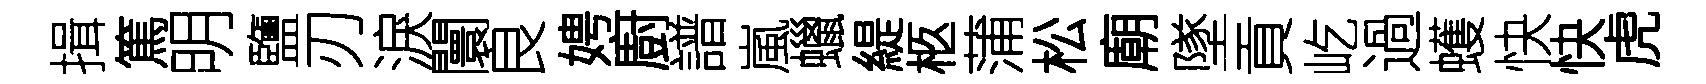
揖篤明鹽刃淚闤良娉廚譜嵐蠟緹柩蒲松廟墜貢屹過蠖快快虎